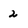
Character: 2